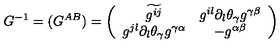
G ^ { - 1 } = ( G ^ { A B } ) = \left( \begin{array} { c c } { \widetilde { { g } ^ { i j } } } & { g ^ { i l } \partial _ { l } \theta _ { \gamma } g ^ { \gamma \beta } } \\ { g ^ { j l } \partial _ { l } \theta _ { \gamma } g ^ { \gamma \alpha } } & { - g ^ { \alpha \beta } } \\ \end{array} \right)